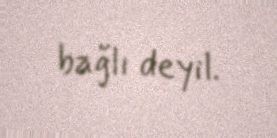
bağlı deyil.